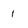
Character: 1